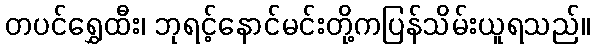
တပင်ရွှေထီး၊ ဘုရင့်နောင်မင်းတို့ကပြန်သိမ်းယူရသည်။